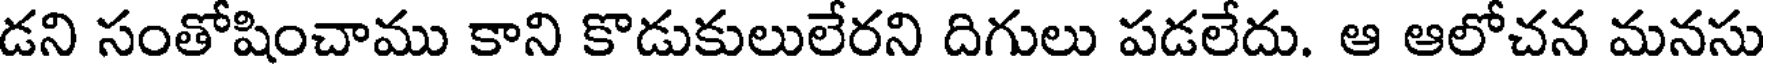
డని సంతోషించాము కాని కొడుకులులేరని దిగులు పడలేదు. ఆ ఆలోచన మనసు